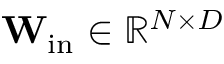
\mathbf { W _ { \mathrm { i n } } } \in \mathbb { R } ^ { N \times D }